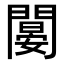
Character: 𨶁